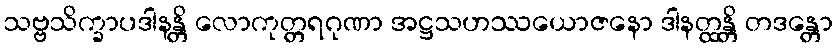
သဗ္ဗသိက္ခာပဒါနန္တိ လောကုတ္တရဂုဏာ အဋ္ဌသဟဿယောဇနော ဒါနတ္ထန္တိ တဒန္တော